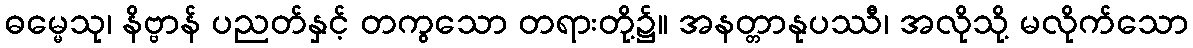
ဓမ္မေသု၊ နိဗ္ဗာန် ပညတ်နှင့် တကွသော တရားတို့၌။ အနတ္တာနုပဿီ၊ အလိုသို့ မလိုက်သော